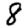
Digit: 8